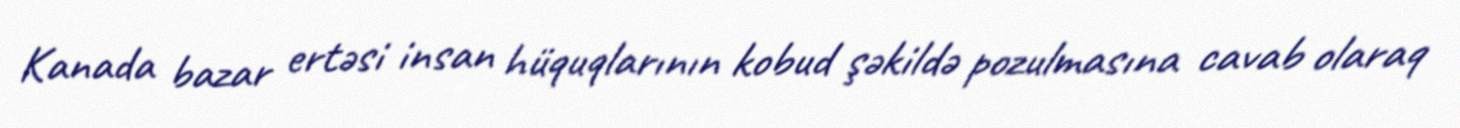
Kanada bazar ertəsi insan hüquqlarının kobud şəkildə pozulmasına cavab olaraq